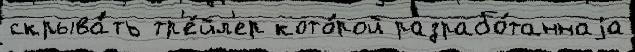
скрыва́ть тр'е́йл'ер кото́рой разрабо́таннаjа